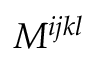
M ^ { i j k l }